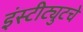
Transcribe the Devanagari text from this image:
इंस्टीट्युटचे